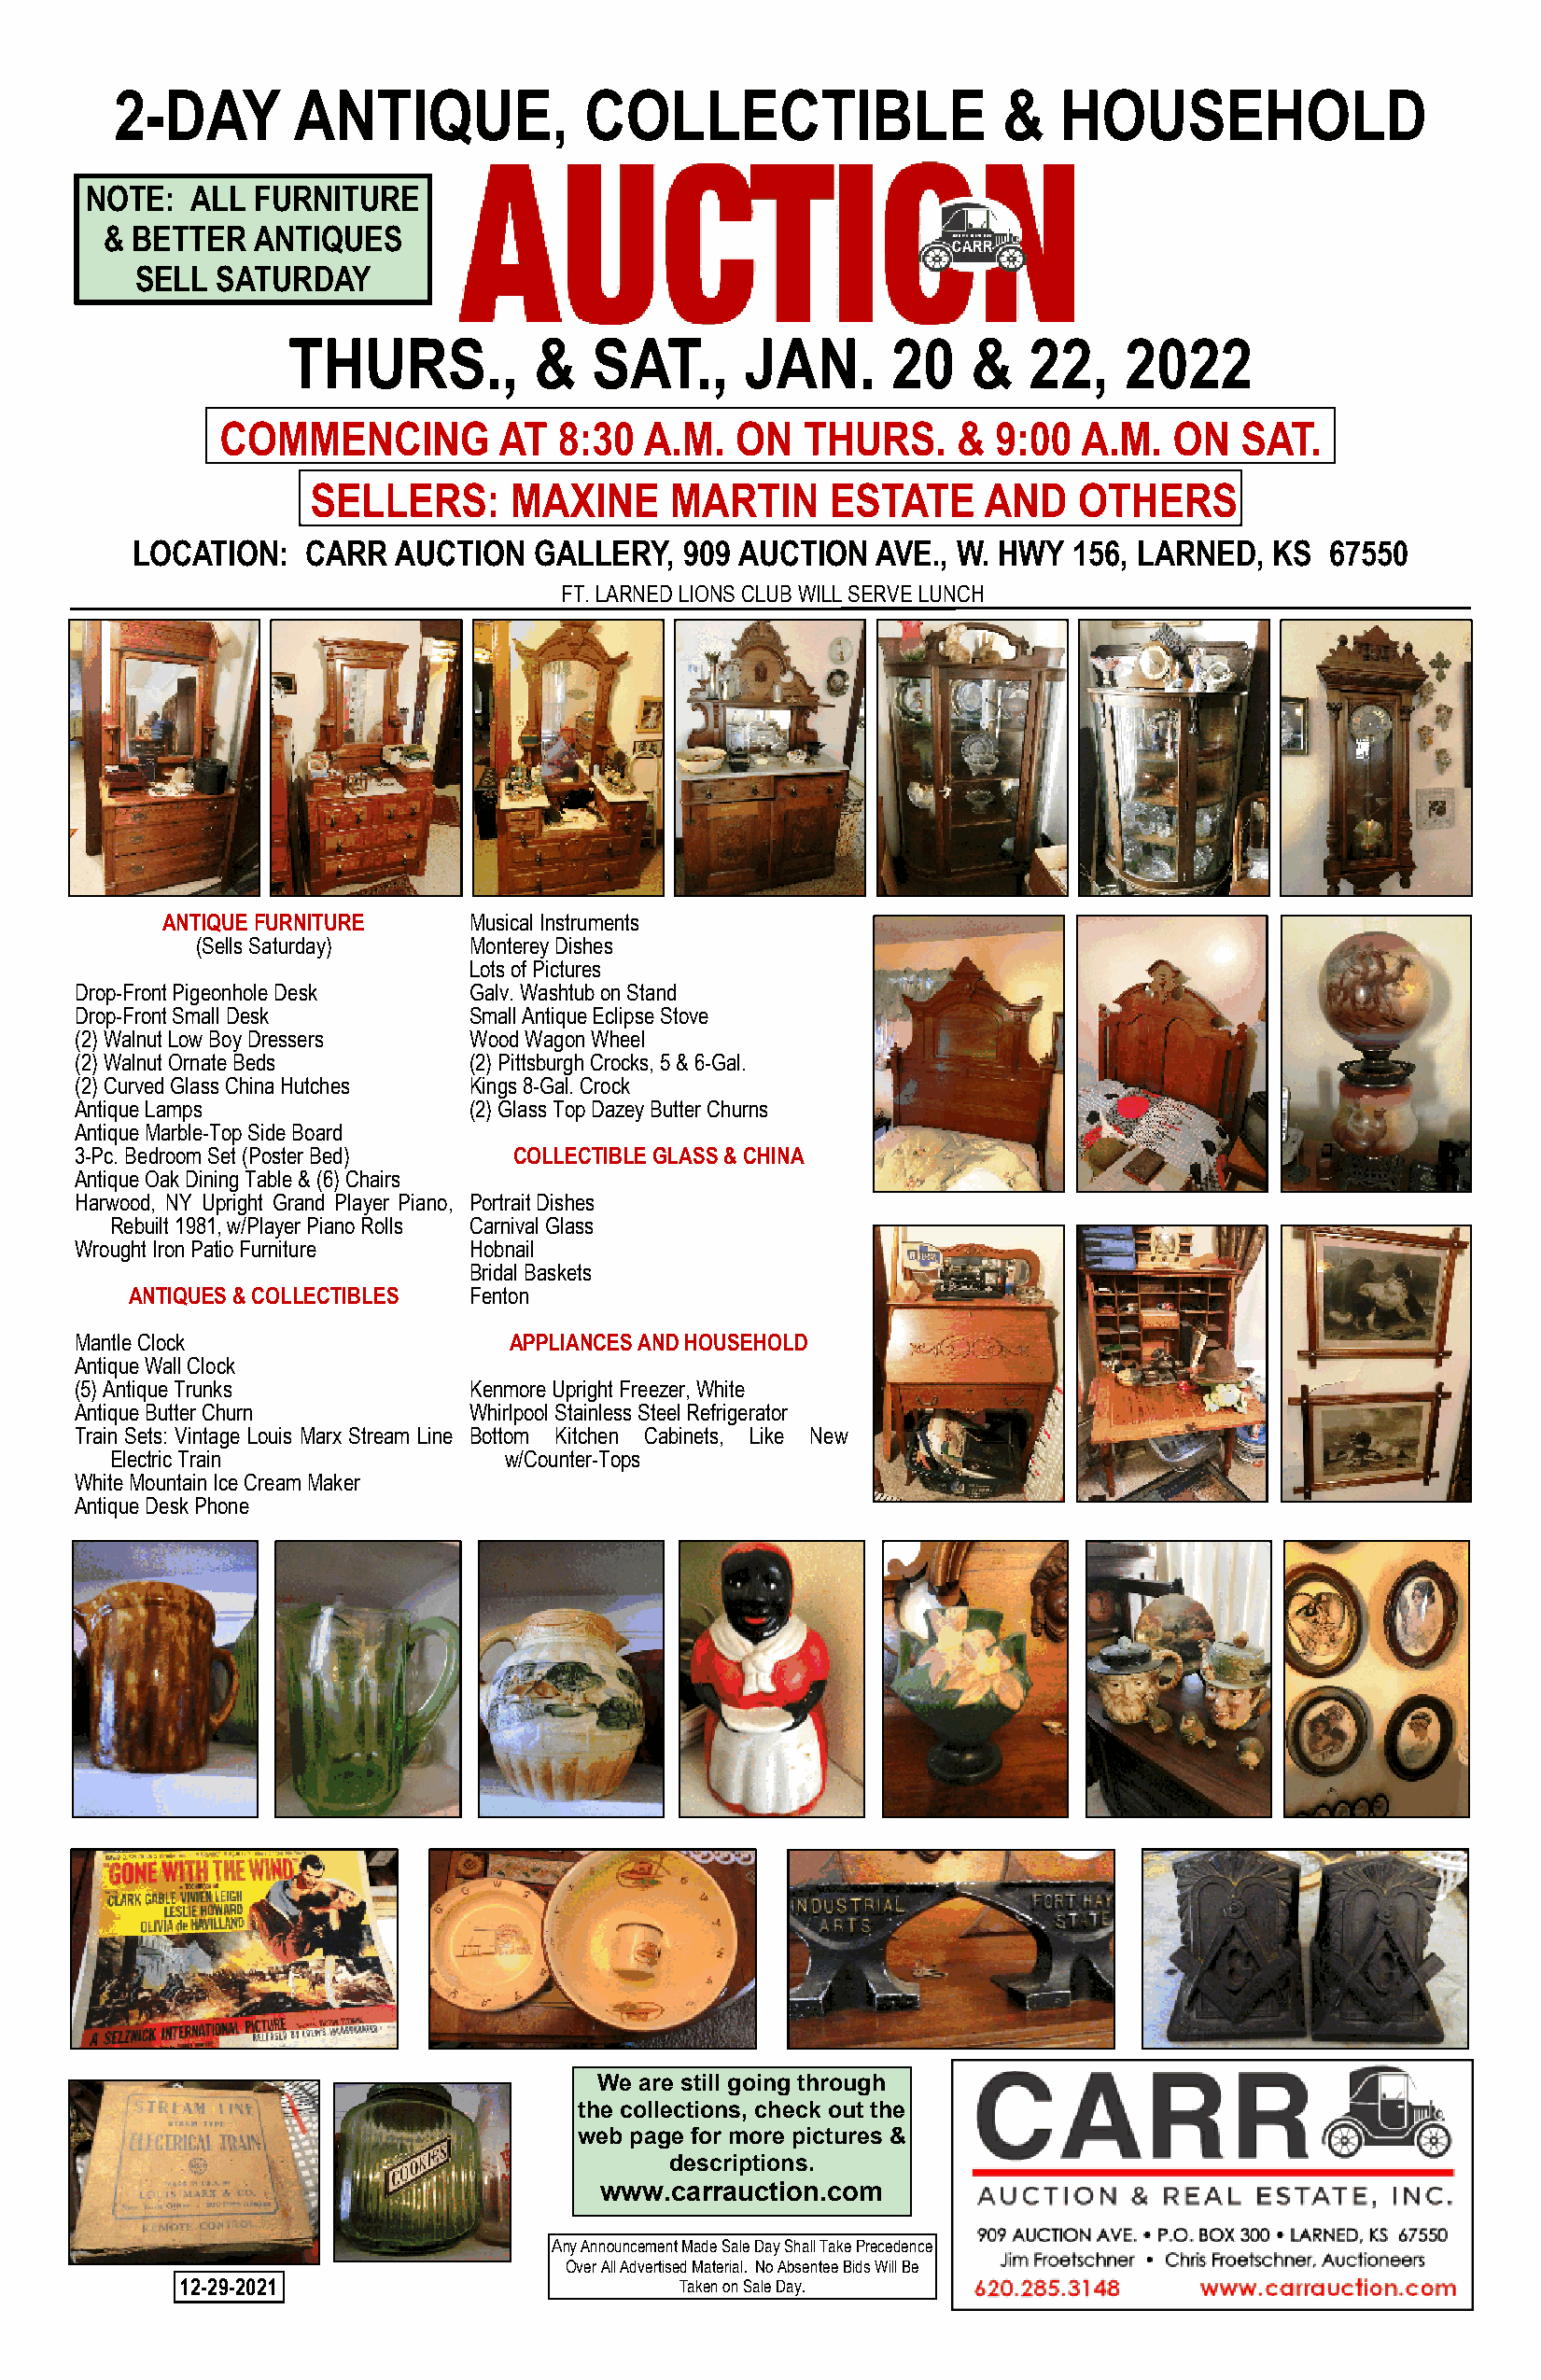
2-DAY        ANTIQUE,            COLLECTIBLE                   &   HOUSEHOLD
 NOTE:   ALL FURNITURE
 & BETTER   ANTIQUES
 SELL SATURDAY
 THURS.,           &   SAT.,      JAN.      20    &   22,    2022
 COMMENCING         AT   8:30  A.M.  ON   THURS.     &  9:00  A.M.  ON   SAT.
 SELLERS:      MAXINE      MARTIN     ESTATE     AND   OTHERS
 LOCATION:    CARR  AUCTION   GALLERY,  909 AUCTION   AVE., W. HWY  156, LARNED,  KS  67550
 FT. LARNED LIONS CLUB WILL SERVE LUNCH
 ANTIQUE FURNITURE    Musical Instruments
 (Sells Saturday)   Monterey Dishes
 Lots of Pictures
 Drop-Front Pigeonhole Desk  Galv. Washtub on Stand
 Drop-Front Small Desk       Small Antique Eclipse Stove
 (2) Walnut Low Boy Dressers Wood Wagon Wheel
 (2) Walnut Ornate Beds      (2) Pittsburgh Crocks, 5 & 6-Gal.
 (2) Curved Glass China Hutches Kings 8-Gal. Crock
 Antique Lamps               (2) Glass Top Dazey Butter Churns
 Antique Marble-Top Side Board
 3-Pc. Bedroom Set (Poster Bed) COLLECTIBLE GLASS & CHINA
 Antique Oak Dining Table & (6) Chairs
 Harwood, NY Upright Grand Player Piano, Portrait Dishes
 Rebuilt 1981, w/Player Piano Rolls Carnival Glass
 Wrought Iron Patio Furniture Hobnail
 Bridal Baskets
 ANTIQUES & COLLECTIBLES Fenton
 Mantle Clock                   APPLIANCES AND HOUSEHOLD
 Antique Wall Clock
 (5) Antique Trunks          Kenmore Upright Freezer, White
 Antique Butter Churn        Whirlpool Stainless Steel Refrigerator
 Train Sets: Vintage Louis Marx Stream Line Bottom Kitchen Cabinets, Like New
 Electric Train              w/Counter-Tops
 White Mountain Ice Cream Maker
 Antique Desk Phone
 We are still going through
 the collections, check out the
 web page for more pictures &
 descriptions.
 www.carrauction.com
 Any Announcement Made Sale Day Shall Take Precedence
 Over All Advertised Material. No Absentee Bids Will Be
 12-29-2021                         Taken on Sale Day.